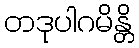
တဒုပါဂမိန္တိ